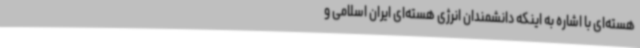
هسته‌ای با اشاره به اینکه دانشمندان انرژی هسته‌ای ایران اسلامی و